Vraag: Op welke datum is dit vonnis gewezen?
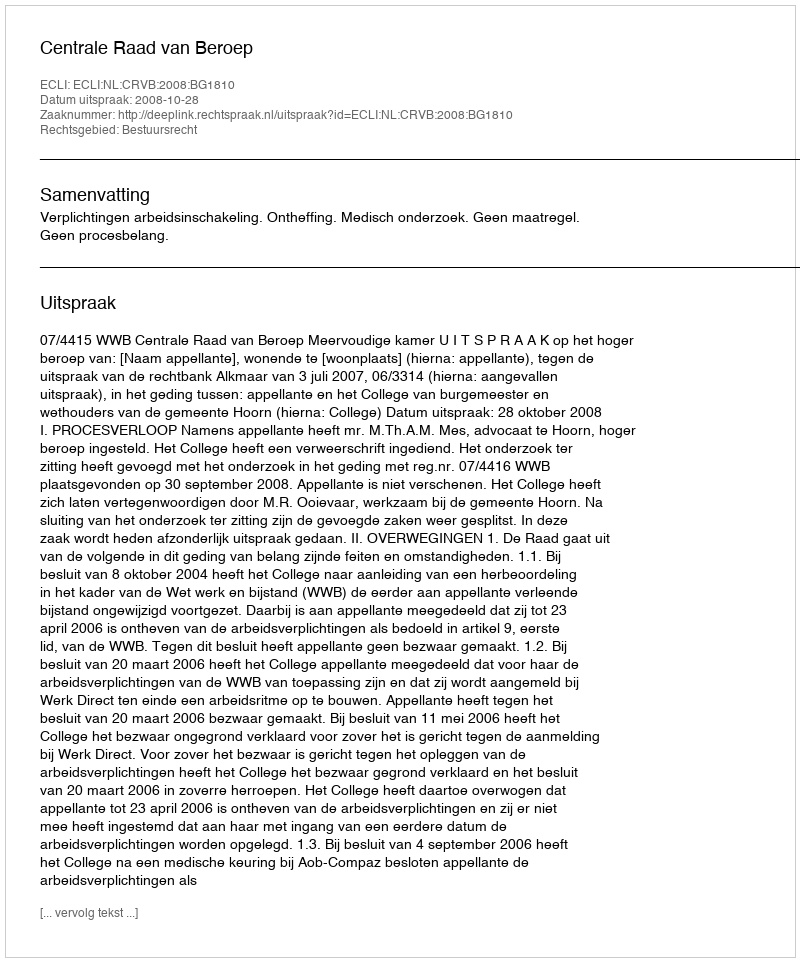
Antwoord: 2008-10-28